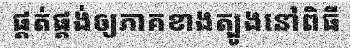
ផ្គត់ផ្គង់ឲ្យភាគខាងត្បូងនៅពិធី